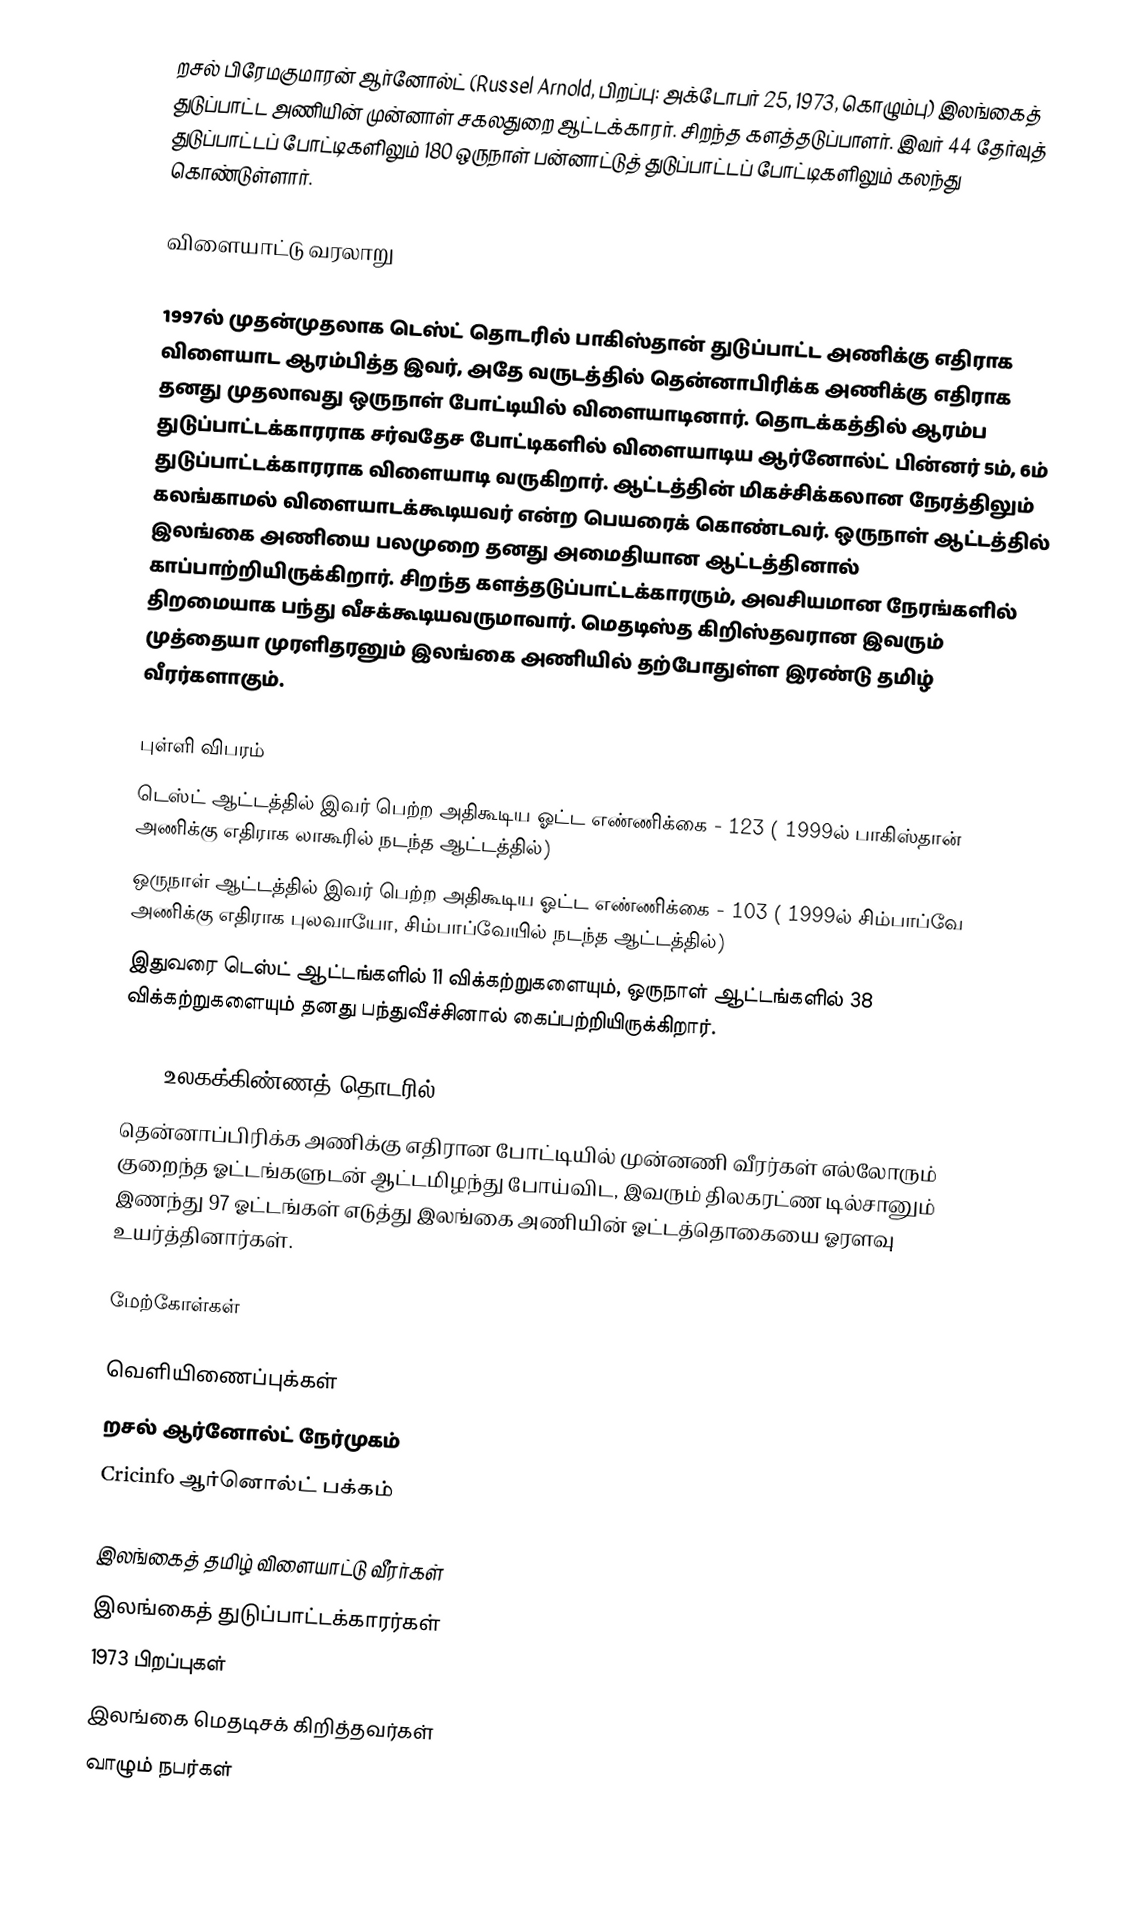
றசல் பிரேமகுமாரன் ஆர்னோல்ட் (Russel Arnold, பிறப்பு: அக்டோபர் 25, 1973, கொழும்பு) இலங்கைத் துடுப்பாட்ட அணியின் முன்னாள் சகலதுறை ஆட்டக்காரர். சிறந்த களத்தடுப்பாளர். இவர் 44 தேர்வுத் துடுப்பாட்டப் போட்டிகளிலும் 180 ஒருநாள் பன்னாட்டுத் துடுப்பாட்டப் போட்டிகளிலும் கலந்து கொண்டுள்ளார்.

விளையாட்டு வரலாறு

1997ல் முதன்முதலாக டெஸ்ட் தொடரில் பாகிஸ்தான் துடுப்பாட்ட அணிக்கு எதிராக விளையாட ஆரம்பித்த இவர், அதே வருடத்தில் தென்னாபிரிக்க அணிக்கு எதிராக தனது முதலாவது ஒருநாள் போட்டியில் விளையாடினார். தொடக்கத்தில் ஆரம்ப துடுப்பாட்டக்காரராக சர்வதேச போட்டிகளில் விளையாடிய ஆர்னோல்ட் பின்னர் 5ம், 6ம் துடுப்பாட்டக்காரராக விளையாடி வருகிறார். ஆட்டத்தின் மிகச்சிக்கலான நேரத்திலும் கலங்காமல் விளையாடக்கூடியவர் என்ற பெயரைக் கொண்டவர். ஒருநாள் ஆட்டத்தில் இலங்கை அணியை பலமுறை தனது அமைதியான ஆட்டத்தினால் காப்பாற்றியிருக்கிறார். சிறந்த களத்தடுப்பாட்டக்காரரும், அவசியமான நேரங்களில் திறமையாக பந்து வீசக்கூடியவருமாவார். மெதடிஸ்த கிறிஸ்தவரான இவரும் முத்தையா முரளிதரனும் இலங்கை அணியில் தற்போதுள்ள இரண்டு தமிழ் வீரர்களாகும்.

புள்ளி விபரம்
 டெஸ்ட் ஆட்டத்தில் இவர் பெற்ற அதிகூடிய ஓட்ட எண்ணிக்கை - 123 ( 1999ல் பாகிஸ்தான் அணிக்கு எதிராக லாகூரில் நடந்த ஆட்டத்தில்)
 ஒருநாள் ஆட்டத்தில் இவர் பெற்ற அதிகூடிய ஓட்ட எண்ணிக்கை - 103 ( 1999ல் சிம்பாப்வே அணிக்கு எதிராக புலவாயோ, சிம்பாப்வேயில் நடந்த ஆட்டத்தில்)
இதுவரை டெஸ்ட் ஆட்டங்களில் 11 விக்கற்றுகளையும், ஒருநாள் ஆட்டங்களில் 38 விக்கற்றுகளையும் தனது பந்துவீச்சினால் கைப்பற்றியிருக்கிறார்.

2007 உலகக்கிண்ணத் தொடரில்
தென்னாப்பிரிக்க அணிக்கு எதிரான போட்டியில் முன்னணி வீரர்கள் எல்லோரும் குறைந்த ஓட்டங்களுடன் ஆட்டமிழந்து போய்விட, இவரும் திலகரட்ண டில்சானும் இணந்து 97 ஓட்டங்கள் எடுத்து இலங்கை அணியின் ஓட்டத்தொகையை ஓரளவு உயர்த்தினார்கள்.

மேற்கோள்கள்

வெளியிணைப்புக்கள்
றசல் ஆர்னோல்ட் நேர்முகம்
Cricinfo ஆர்னொல்ட் பக்கம்

இலங்கைத் தமிழ் விளையாட்டு வீரர்கள்
இலங்கைத் துடுப்பாட்டக்காரர்கள்
1973 பிறப்புகள்
இலங்கை மெதடிசக் கிறித்தவர்கள்
வாழும் நபர்கள்